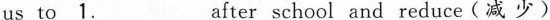
us to 1.___ After school and reduce(减 少)